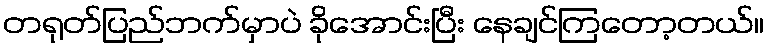
တရုတ်ပြည်ဘက်မှာပဲ ခိုအောင်းပြီး နေချင်ကြတော့တယ်။